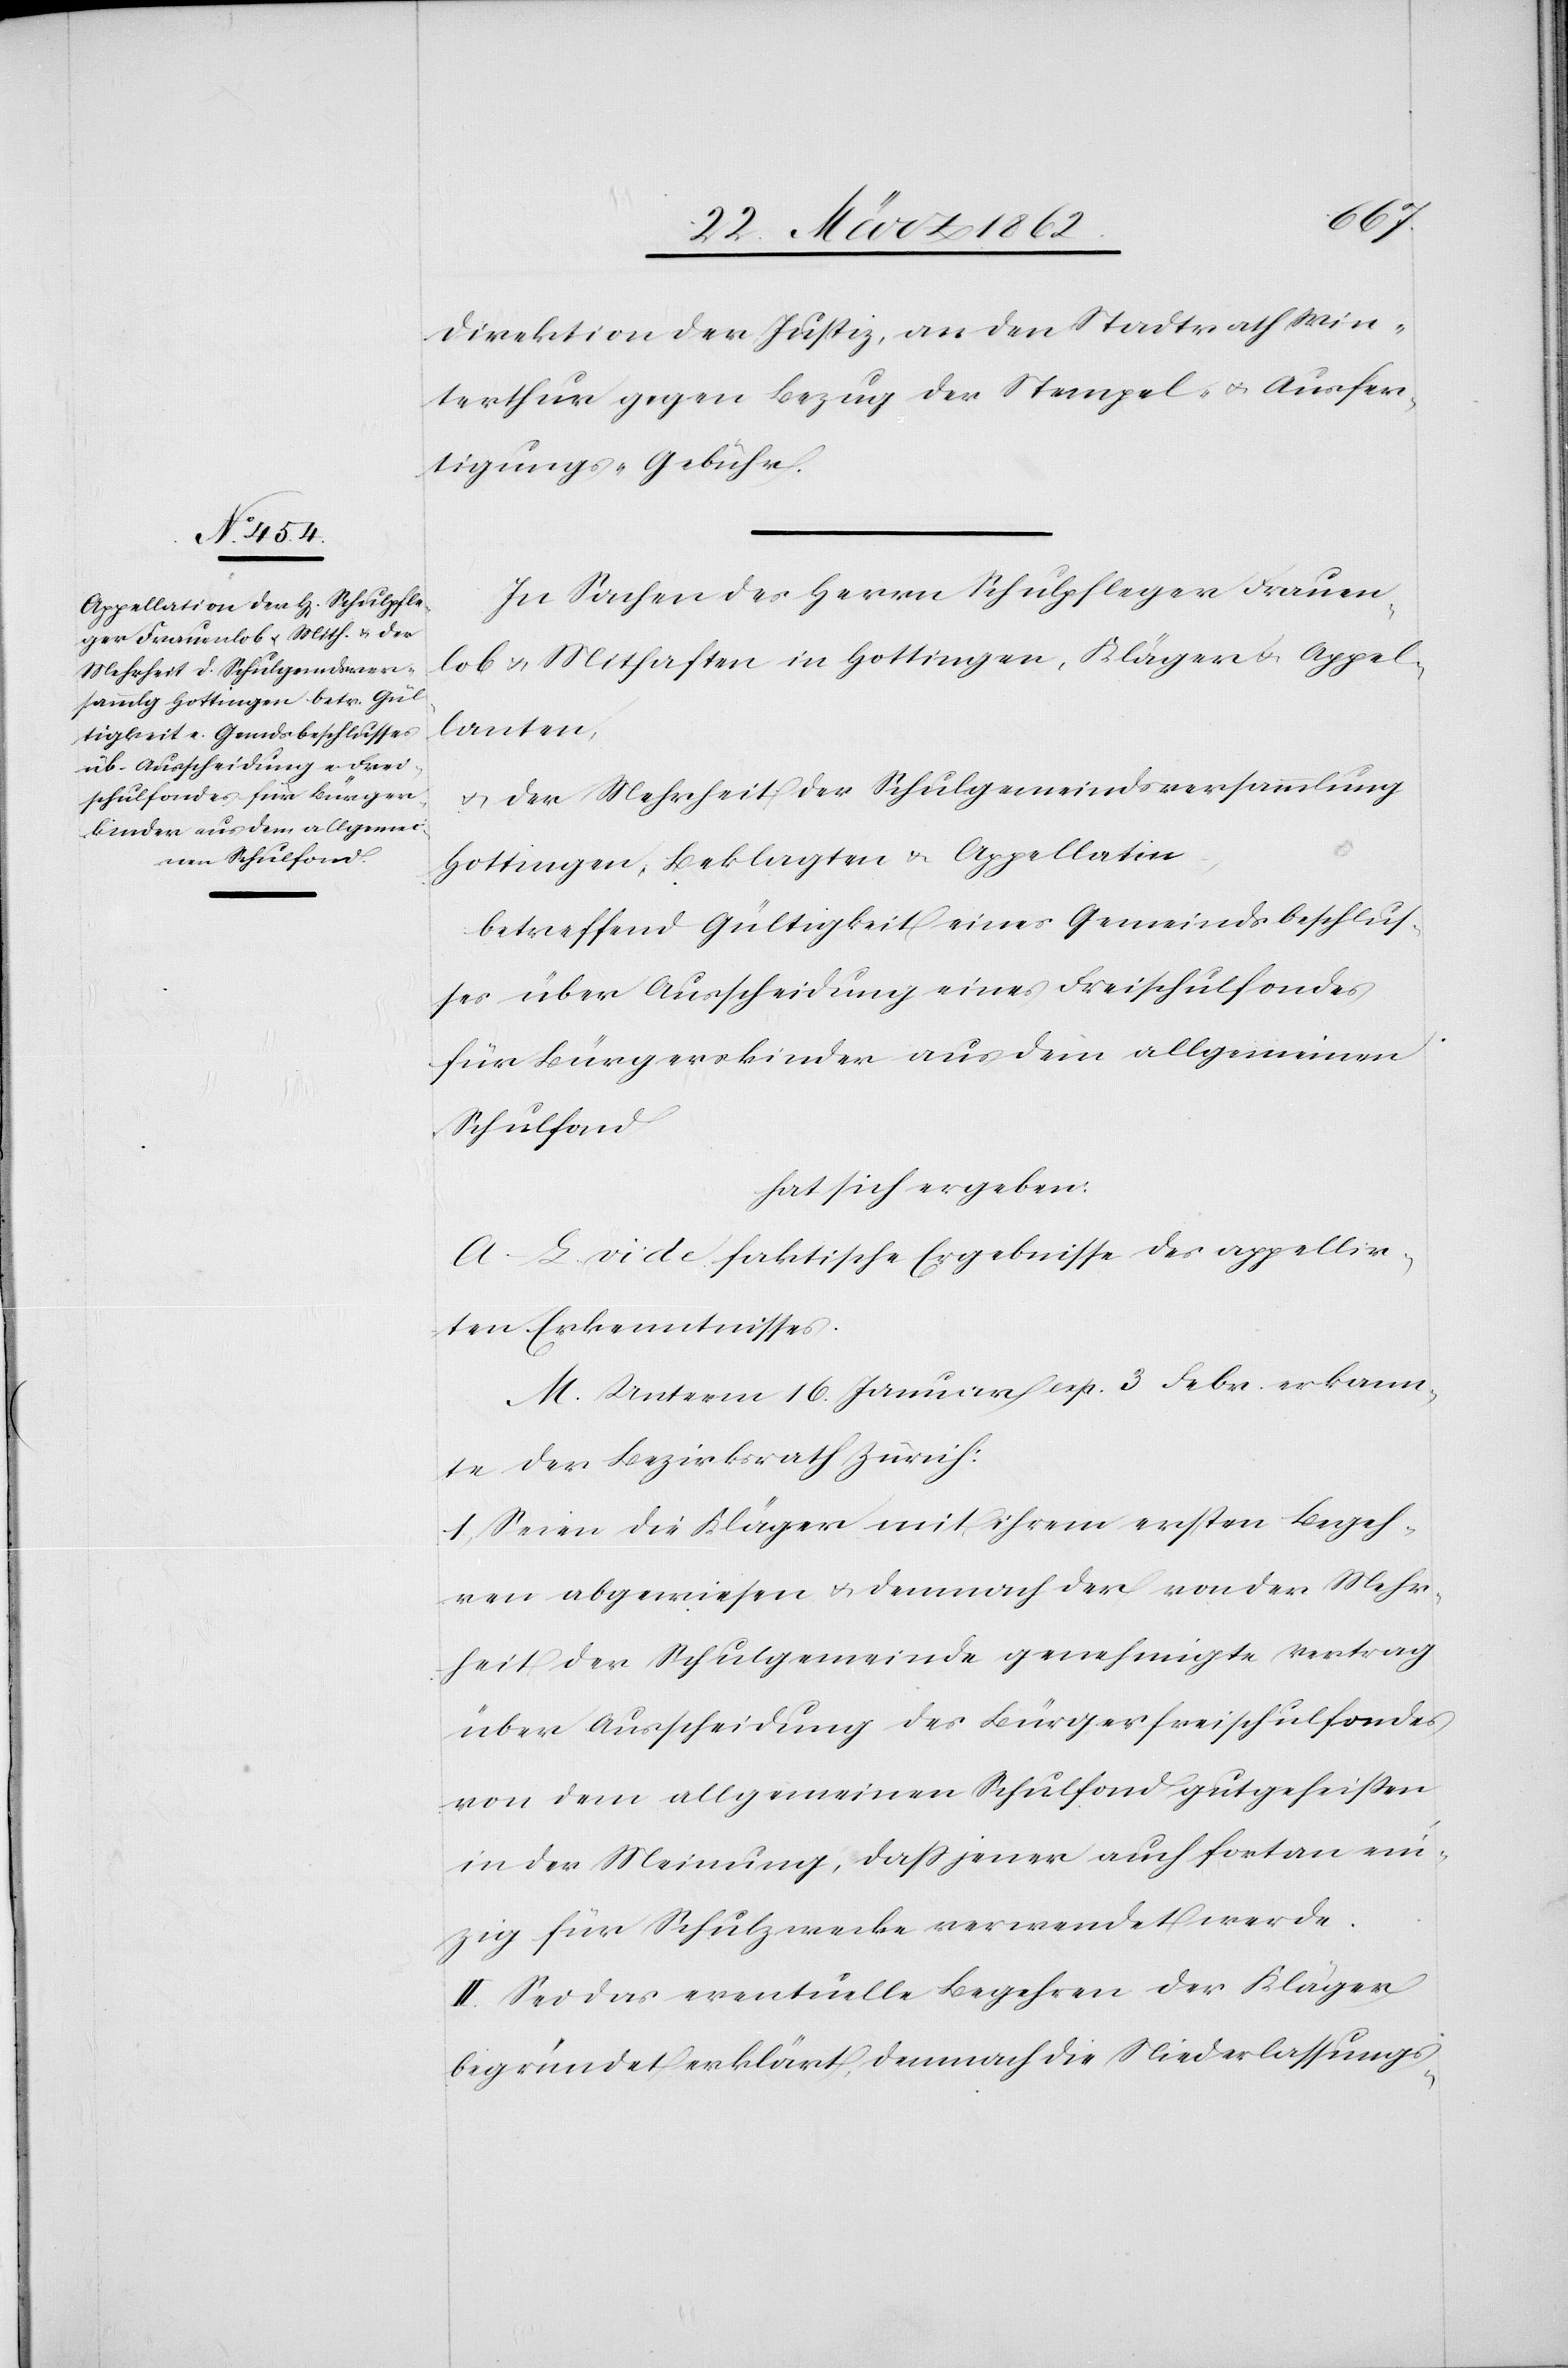
[si¬
Direktion der Justiz, an den Stadtrath Win¬
terthur gegen Bezug der Stempel- u. Ausfer¬
tigungs-Gebühr.
In Sachen des Herrn Schulpfleger Frauen¬
lob u. Mithaften in Hottingen, Kläger u. Appel¬
lanten,
u. der Mehrheit der Schulgemeindsversammlung
Hottingen, Beklagten & Appellatin,
betreffend Gültigkeit eines Gemeindsbeschlus¬
ses über Ausscheidung eines Freischulfondes
für Bürgerkinder aus dem allgemeinen
Schulfond
hat sich ergeben:
A–L vide faktische Ergebnisse des appellir¬
ten Erkenntnisses.
M. Unterm 16. Januar exp. 3 Febr. erkann¬
te der Bezirksrath Zürich:
1, Seien die Kläger mit ihrem ersten Begeh¬
ren abgewiesen u. demnach der von der Mehr¬
heit der Schulgemeinde genehmigte Vertrag
über Ausscheidung des Bürgerfreischulfondes
von dem allgemeinen Schulfond gutgeheißen
in der Meinung, daß jener auch fortan ein¬
zig für Schulzwecke verwendet werde.
c!] Sei das eventuelle Begehren der Kläger
begründet erklärt, demnach die Niederlassungs-